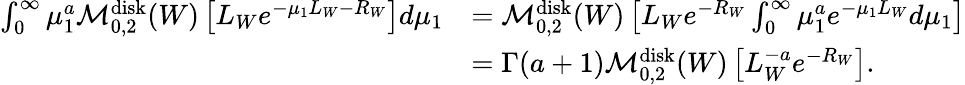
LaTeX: \begin{array}{rl}{\int_{0}^{\infty}\mu_{1}^{a}\mathcal M_{0,2}^{\mathrm{disk}}(W)\left[L_{W}e^{-\mu_{1}L_{W}-R_{W}}\right]d\mu_{1}}&{=\mathcal M_{0,2}^{\mathrm{disk}}(W)\left[L_{W}e^{-R_{W}}\int_{0}^{\infty}\mu_{1}^{a}e^{-\mu_{1}L_{W}}d\mu_{1}\right]}\\ &{=\Gamma(a+1)\mathcal M_{0,2}^{\mathrm{disk}}(W)\left[L_{W}^{-a}e^{-R_{W}}\right].}\end{array}